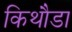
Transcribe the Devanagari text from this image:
किथौडा